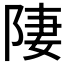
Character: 𨹷